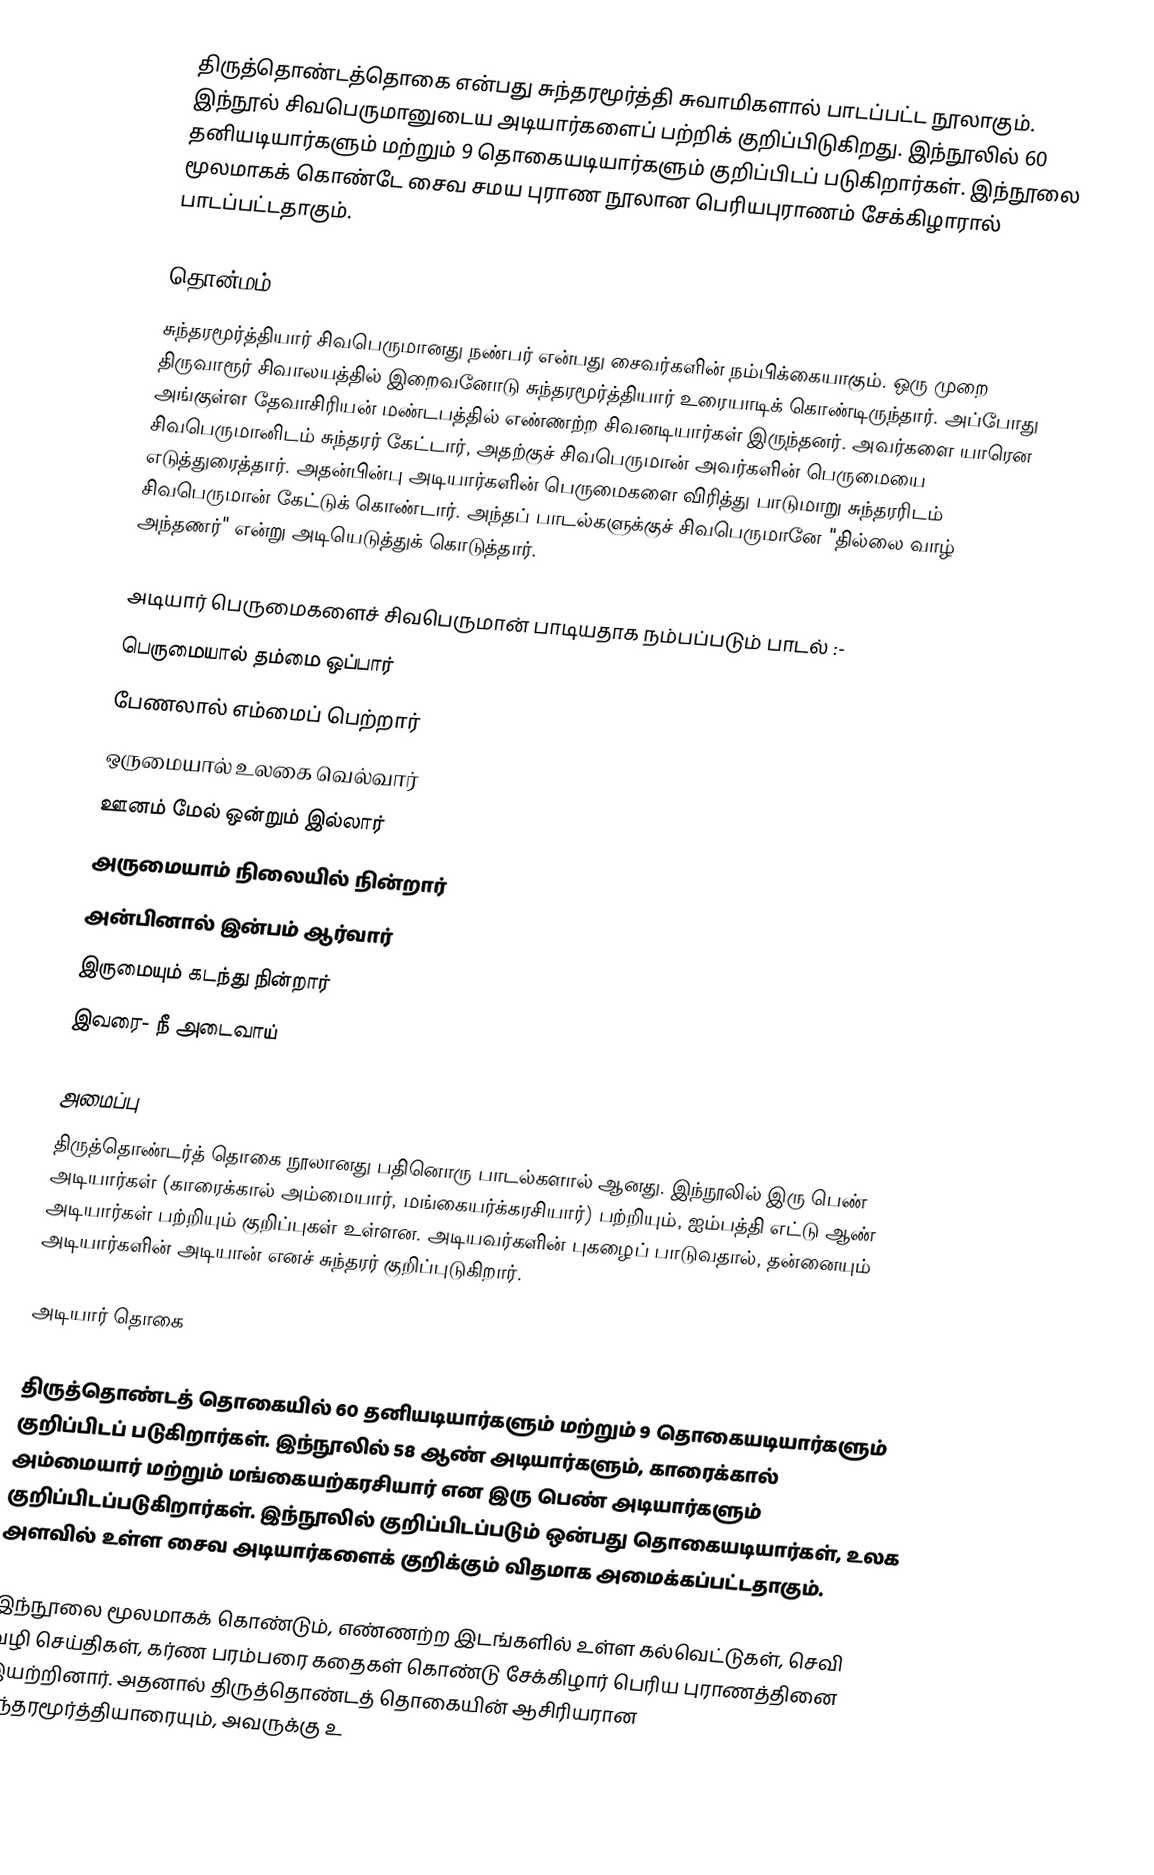
திருத்தொண்டத்தொகை என்பது சுந்தரமூர்த்தி சுவாமிகளால் பாடப்பட்ட நூலாகும். இந்நூல் சிவபெருமானுடைய அடியார்களைப் பற்றிக் குறிப்பிடுகிறது. இந்நூலில் 60 தனியடியார்களும் மற்றும் 9 தொகையடியார்களும் குறிப்பிடப் படுகிறார்கள். இந்நூலை மூலமாகக் கொண்டே சைவ சமய புராண நூலான பெரியபுராணம் சேக்கிழாரால் பாடப்பட்டதாகும்.

தொன்மம்
சுந்தரமூர்த்தியார் சிவபெருமானது நண்பர் என்பது சைவர்களின் நம்பிக்கையாகும். ஒரு முறை திருவாரூர் சிவாலயத்தில் இறைவனோடு சுந்தரமூர்த்தியார் உரையாடிக் கொண்டிருந்தார். அப்போது அங்குள்ள தேவாசிரியன் மண்டபத்தில் எண்ணற்ற சிவனடியார்கள் இருந்தனர். அவர்களை யாரென சிவபெருமானிடம் சுந்தரர் கேட்டார், அதற்குச் சிவபெருமான் அவர்களின் பெருமையை எடுத்துரைத்தார். அதன்பின்பு அடியார்களின் பெருமைகளை விரித்து பாடுமாறு சுந்தரரிடம் சிவபெருமான் கேட்டுக் கொண்டார். அந்தப் பாடல்களுக்குச் சிவபெருமானே "தில்லை வாழ் அந்தணர்" என்று அடியெடுத்துக் கொடுத்தார்.

அடியார் பெருமைகளைச் சிவபெருமான் பாடியதாக நம்பப்படும் பாடல் :-
பெருமையால் தம்மை ஒப்பார்
    பேணலால் எம்மைப் பெற்றார்
ஒருமையால் உலகை வெல்வார்
    ஊனம் மேல் ஒன்றும் இல்லார்
அருமையாம் நிலையில் நின்றார்
    அன்பினால் இன்பம் ஆர்வார்
இருமையும் கடந்து நின்றார்
    இவரை- நீ அடைவாய்

அமைப்பு
திருத்தொண்டர்த் தொகை நூலானது பதினொரு பாடல்களால் ஆனது. இந்நூலில் இரு பெண் அடியார்கள் (காரைக்கால் அம்மையார், மங்கையர்க்கரசியார்) பற்றியும், ஐம்பத்தி எட்டு ஆண் அடியார்கள் பற்றியும் குறிப்புகள் உள்ளன. அடியவர்களின் புகழைப் பாடுவதால், தன்னையும் அடியார்களின் அடியான் எனச் சுந்தரர் குறிப்புடுகிறார்.

அடியார் தொகை

திருத்தொண்டத் தொகையில் 60 தனியடியார்களும் மற்றும் 9 தொகையடியார்களும் குறிப்பிடப் படுகிறார்கள். இந்நூலில் 58 ஆண் அடியார்களும், காரைக்கால் அம்மையார் மற்றும் மங்கையற்கரசியார் என இரு பெண் அடியார்களும் குறிப்பிடப்படுகிறார்கள். இந்நூலில் குறிப்பிடப்படும் ஒன்பது தொகையடியார்கள், உலக அளவில் உள்ள சைவ அடியார்களைக் குறிக்கும் விதமாக அமைக்கப்பட்டதாகும்.

இந்நூலை மூலமாகக் கொண்டும், எண்ணற்ற இடங்களில் உள்ள கல்வெட்டுகள், செவி வழி செய்திகள், கர்ண பரம்பரை கதைகள் கொண்டு சேக்கிழார் பெரிய புராணத்தினை இயற்றினார். அதனால் திருத்தொண்டத் தொகையின் ஆசிரியரான சுந்தரமூர்த்தியாரையும், அவருக்கு உ